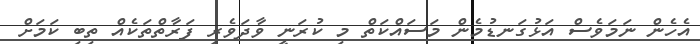
އެހެން ނަމަވެސް އަޅުގަނޑުމެން މަސައްކަތް މި ކުރަނީ ވާދަވެރި ފަރާތްތަކެއް ތިބި ކަމަށް